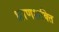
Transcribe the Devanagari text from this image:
ध्राणशक्ति